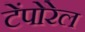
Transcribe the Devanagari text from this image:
टेंपोरेल